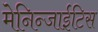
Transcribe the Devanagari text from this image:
मेनिन्जाईटिस